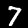
Label: 7